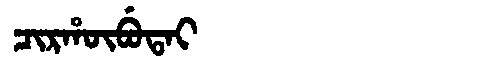
Manchu: ᠴᡳᡵᡥᡡᠪᡠᡨᠠᡳ
Romanization: CIRHŪBUTAI